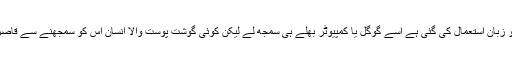
اور جو زبان استعمال کی گئی ہے اسے گوگل یا کمپیوٹر بھلے ہی سمجھ لے لیکن کوئی گوشت پوست والا انسان اس کو سمجھنے سے قاصر ہے۔